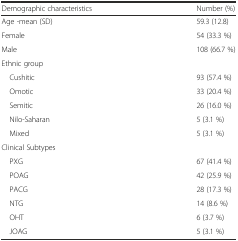
<table><thead><tr><td><b>Demographic characteristics</b></td><td><b>Number (%)</b></td></tr></thead><tbody><tr><td>Age -mean (SD)</td><td>59.3 (12.8)</td></tr><tr><td>Female</td><td>54 (33.3 %)</td></tr><tr><td>Male</td><td>108 (66.7 %)</td></tr><tr><td colspan="2">Ethnic group</td></tr><tr><td> Cushitic</td><td>93 (57.4 %)</td></tr><tr><td> Omotic</td><td>33 (20.4 %)</td></tr><tr><td> Semitic</td><td>26 (16.0 %)</td></tr><tr><td> Nilo-Saharan</td><td>5 (3.1 %)</td></tr><tr><td> Mixed</td><td>5 (3.1 %)</td></tr><tr><td colspan="2">Clinical Subtypes</td></tr><tr><td> PXG</td><td>67 (41.4 %)</td></tr><tr><td> POAG</td><td>42 (25.9 %)</td></tr><tr><td> PACG</td><td>28 (17.3 %)</td></tr><tr><td> NTG</td><td>14 (8.6 %)</td></tr><tr><td> OHT</td><td>6 (3.7 %)</td></tr><tr><td> JOAG</td><td>5 (3.1 %)</td></tr></tbody></table>